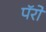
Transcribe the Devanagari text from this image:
पॅरों